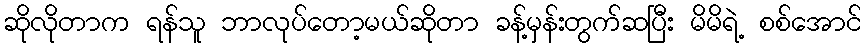
ဆိုလိုတာက ရန်သူ ဘာလုပ်တော့မယ်ဆိုတာ ခန့်မှန်းတွက်ဆပြီး မိမိရဲ့ စစ်အောင်